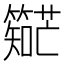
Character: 𬕼